Lunatic asylums United Prov. 1922-30 - 1922-1930
Year: 1922
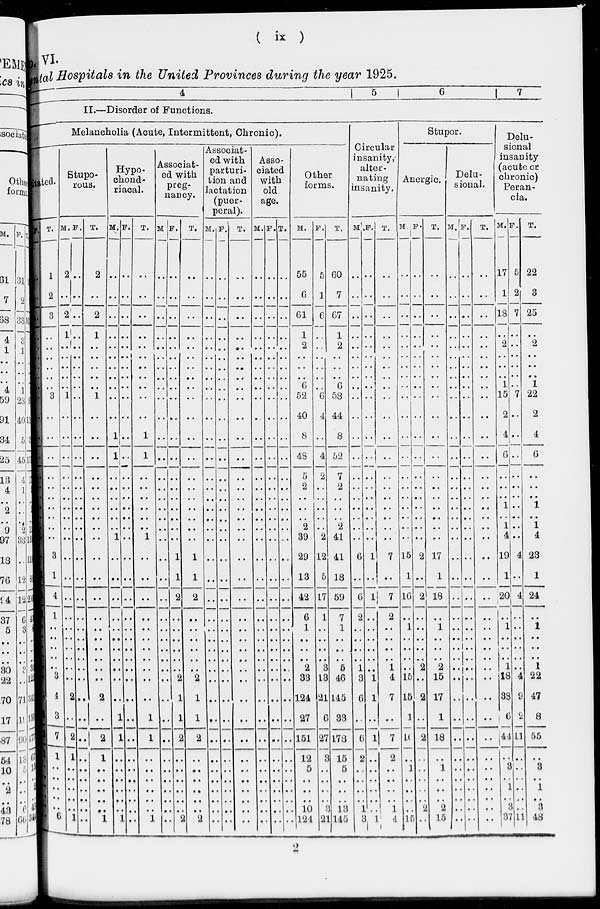
( ix )
No. VI.
Mental Hospitals in the United Provinces during the year 1925.
4
5
6
7
II.—Disorder of Functions.
Melancholia (Acute, Intermittent, Chronic).
itated
F.
..
..
..
..
..
..
..
..
..
..
..
..
..
..
..
..
..
..
..
..
..
1
1
1
..
..
..
..
..
..
..
1
1
1
..
..
..
..
..
..
T.
1
2
3
..
..
..
..
..
..
3
..
..
..
..
..
..
..
..
..
..
3
1
4
1
..
..
..
..
..
3
4
3
7
1
..
..
..
..
..
6
Stupo-
rous.
M.
2
..
2
1
..
..
..
..
..
1
..
..
..
..
..
..
..
..
..
..
..
..
..
..
..
..
..
..
..
..
2
..
2
1
..
..
..
..
..
1
F.
..
..
..
..
..
..
..
..
..
..
..
..
..
..
..
..
..
..
..
..
..
..
..
..
..
..
..
..
..
..
..
..
..
..
..
..
..
..
..
..
T.
2
..
2
1
..
..
..
..
..
1
..
..
..
..
..
..
..
..
..
..
..
..
..
..
..
..
..
..
..
..
2
..
2
1
..
..
..
..
..
1
Hypo-
chond-
riacal.
M.
..
..
..
..
..
..
..
..
..
..
..
1
1
..
..
..
..
..
..
1
..
..
..
..
..
..
..
..
..
..
..
1
1
..
..
..
..
..
..
1
F.
..
..
..
..
..
..
..
..
..
..
..
..
..
..
..
..
..
..
..
..
..
..
..
..
..
..
..
..
..
..
..
..
..
..
..
..
..
..
..
..
T.
..
..
..
..
..
..
..
..
..
..
..
1
1
..
..
..
..
..
..
1
..
..
..
..
..
..
..
..
..
..
..
1
1
..
..
..
..
..
..
1
Associat-
ed with
preg-
nancy.
M.
..
..
..
..
..
..
..
..
..
..
..
..
..
..
..
..
..
..
..
..
..
..
..
..
..
..
..
..
..
..
..
..
..
..
..
..
..
..
..
F.
..
..
..
..
..
..
..
..
..
..
..
..
..
..
..
..
..
..
..
..
1
1
2
..
..
..
..
..
..
2
1
1
2
..
..
..
..
..
..
2
T.
..
..
..
..
..
..
..
..
..
..
..
..
..
..
..
..
..
..
..
..
1
1
2
..
..
..
..
..
..
2
1
1
2
..
..
..
..
..
..
2
Associat-
ed with
parturi-
tion and
lactation
(puer-
peral).
M.
..
..
..
..
..
..
..
..
..
..
..
..
..
..
..
..
..
..
..
..
..
..
..
..
..
..
..
..
..
..
..
..
..
..
..
..
..
..
..
..
F.
..
..
..
..
..
..
..
..
..
..
..
..
..
..
..
..
..
..
..
..
..
..
..
..
..
..
..
..
..
..
..
..
..
..
..
..
..
..
..
..
T.
..
..
..
..
..
..
..
..
..
..
..
..
..
..
..
..
..
..
..
..
..
..
..
..
..
..
..
..
..
..
..
..
..
..
..
..
..
..
..
..
Asso-
ciated
with
old
age.
M.
..
..
..
..
..
..
..
..
..
..
..
..
..
..
..
..
..
..
..
..
..
..
..
..
..
..
..
..
..
..
..
..
..
..
..
..
..
..
..
..
F.
..
..
..
..
..
..
..
..
..
..
..
..
..
..
..
..
..
..
..
..
..
..
..
..
..
..
..
..
..
..
..
..
..
..
..
..
..
..
..
..
T.
..
..
..
..
..
..
..
..
..
..
..
..
..
..
..
..
..
..
..
..
..
..
..
..
..
..
..
..
..
..
..
..
..
..
..
..
..
..
..
..
Other
forms.
M.
55
6
61
1
2
..
..
..
6
52
40
8
48
5
2
..
..
..
2
39
29
13
42
6
1
..
..
..
2
38
124
27
151
12
5
..
..
..
10
124
F.
5
1
6
..
..
..
..
..
..
6
4
..
4
2
..
..
..
..
..
2
12
5
17
1
..
..
..
..
8
18
21
6
27
3
..
..
..
..
3
21
T.
60
7
67
1
2
..
..
..
6
53
44
8
52
7
2
..
..
..
2
41
41
18
50
7
1
..
..
..
5
46
145
33
178
15
5
..
..
..
13
145
Circular
insanity,
alter-
nating
insanity.
M.
..
..
..
..
..
..
..
..
..
..
..
..
..
..
..
..
..
..
..
..
6
..
6
2
..
..
..
..
1
3
6
..
6
2
..
..
..
..
1
3
F.
..
..
..
..
..
..
..
..
..
..
..
..
..
..
..
..
..
..
..
..
1
..
1
..
..
..
..
..
..
1
1
..
1
..
..
..
..
..
..
1
T.
..
..
..
..
..
..
..
..
..
..
..
..
..
..
..
..
..
..
..
..
7
..
7
2
..
..
..
..
1
4
7
..
7
2
..
..
..
..
1
4
Stupor.
Anergic.
M.
..
..
..
..
..
..
..
..
..
..
..
..
..
..
..
..
..
..
..
..
15
1
16
..
1
..
..
..
..
15
15
1
16
..
1
..
..
..
..
15
F.
..
..
..
..
..
..
..
..
..
..
..
..
..
..
..
..
..
..
..
..
2
..
2
..
..
..
..
..
2
..
2
..
2
..
..
..
..
..
2
..
T.
..
..
..
..
..
..
..
..
..
..
..
..
..
..
..
..
..
..
..
..
17
1
18
..
1
..
..
..
2
15
17
1
18
..
1
..
..
..
2
15
Delu-
sional.
M.
..
..
..
..
..
..
..
..
..
..
..
..
..
..
..
..
..
..
..
..
..
..
..
..
..
..
..
..
..
..
..
..
..
..
..
..
..
..
..
..
F. ..
..
..
..
..
..
..
..
..
..
..
..
..
..
..
..
..
..
..
..
..
..
..
..
..
..
..
..
..
..
..
..
..
..
..
..
..
..
..
..
T.
..
..
..
..
..
..
..
..
..
..
..
..
..
..
..
..
..
..
..
..
..
..
..
..
..
..
..
..
..
..
..
..
..
..
..
..
..
..
..
..
Delu-
sional
insanity
(acute or
chronic)
Peran-
cia.
M.
17
1
18
..
2
..
..
..
1
15
2
4
6
..
..
..
1
..
1
4
19
1
20
..
1
..
..
..
1
18
33
6
44
..
3
..
1
..
3
37
F.
5
2
7
..
..
..
..
..
..
7
..
..
..
..
..
..
..
..
..
..
4
..
4
..
..
..
..
..
..
4
9
2
11
..
..
..
..
..
..
11
T.
22
3
25
..
2
..
..
..
1
22
2
4
6
..
..
..
1
..
1
4
23
1
24
..
1
..
..
..
1
22
47
8
55
..
3
..
1
..
3
48
2